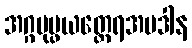
အဂ္ဂပုပ္ဖယတ္ထေရအပဒါန